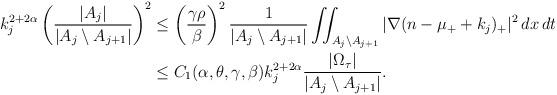
LaTeX: \begin{align*} k_{j}^{2+2\alpha} \left(\frac{|A_{j}|}{|A_{j}\setminus A_{j+1}|}\right)^{2}&\leq \left(\frac{\gamma \rho}{\beta}\right)^2 \frac{1}{|A_{j}\setminus A_{j+1}|}\iint_{A_{j}\setminus A_{j+1}} |\nabla (n-\mu_{+}+k_{j})_{+}|^2 \,dx\,dt \\&\leq C_1 (\alpha, \theta, \gamma, \beta)k_{j}^{2+2\alpha}\frac{|\Omega_{\tau}|}{|A_j \setminus A_{j+1}|}.\end{align*}